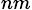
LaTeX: _{nm}